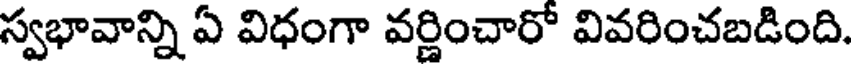
స్వభావాన్ని ఏ విధంగా వర్ణించారో వివరించబడింది.